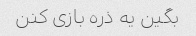
بگین یه ذره بازی کنن